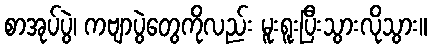
စာအုပ်ပွဲ၊ ကဗျာပွဲတွေကိုလည်း မူးရူးပြီးသွားလိုသွား။